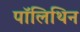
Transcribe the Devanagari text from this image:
पॉलिथिन